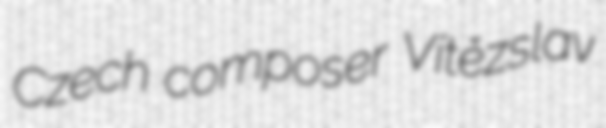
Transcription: Czech composer Vítězslav